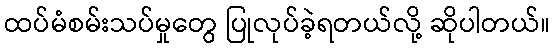
ထပ်မံစမ်းသပ်မှုတွေ ပြုလုပ်ခဲ့ရတယ်လို့ ဆိုပါတယ်။